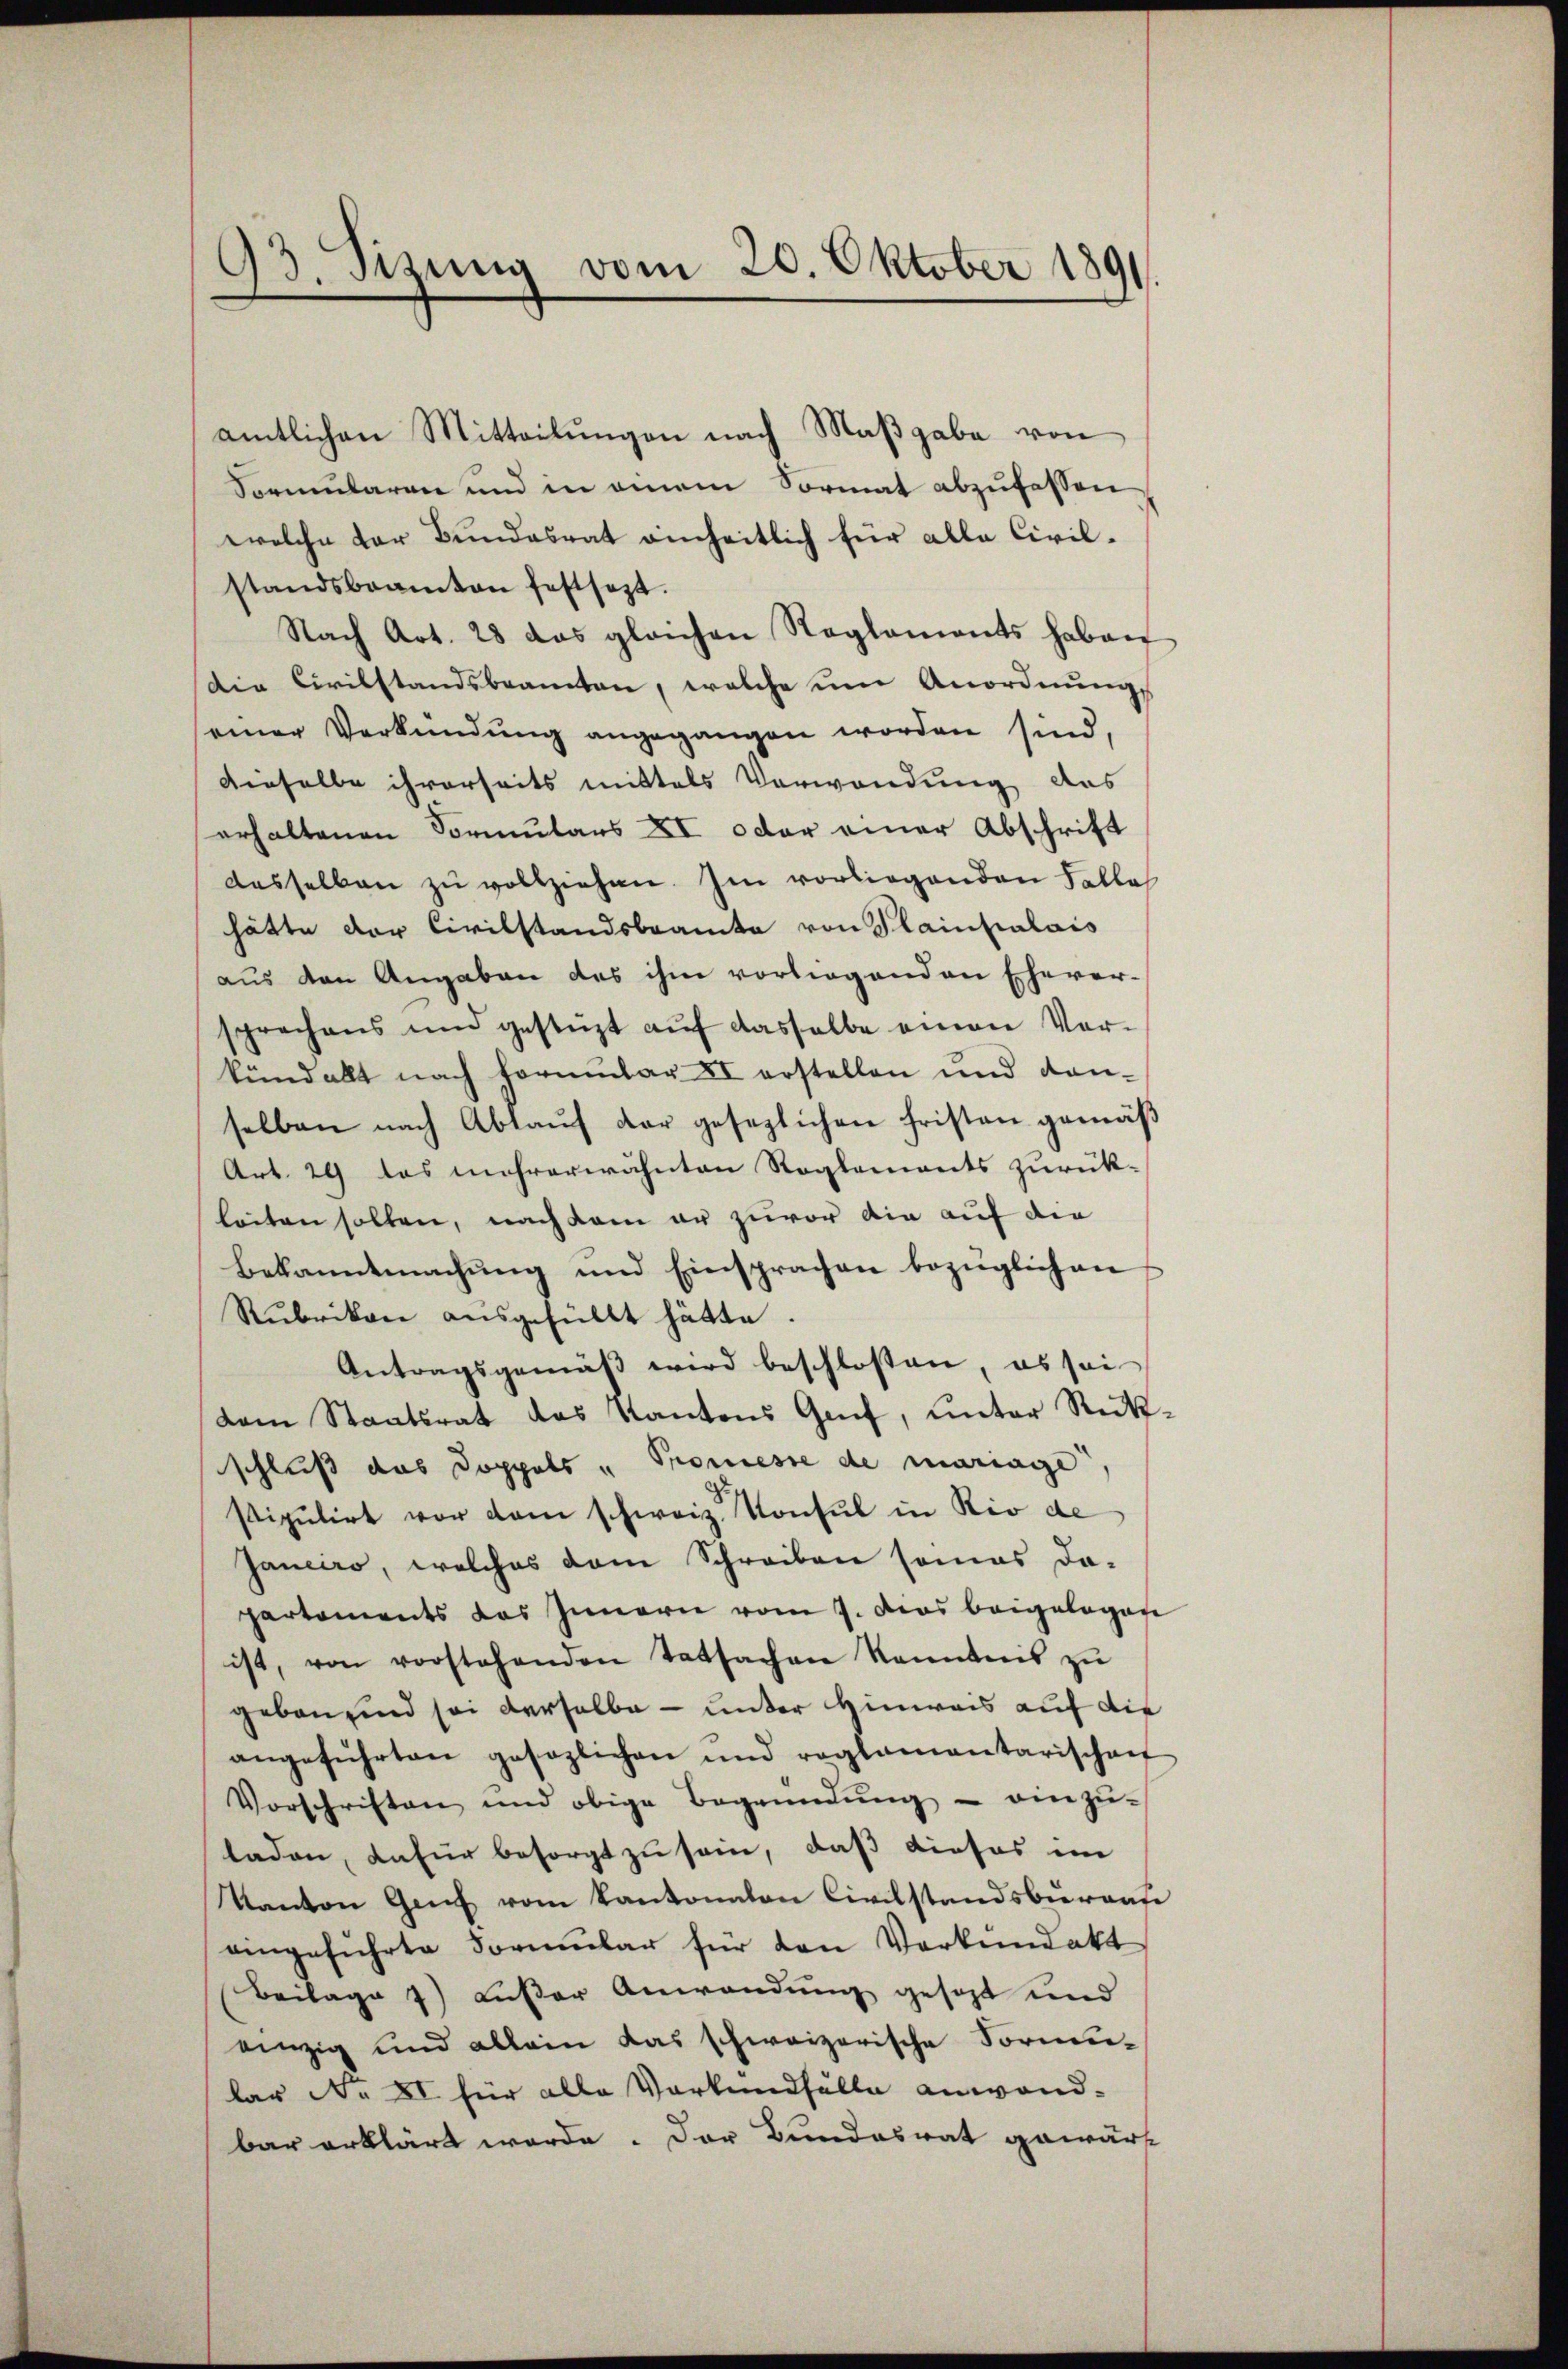
93. Sizung vom 20. Oktober 1891.

amtlichen Mitteilungen nach Maßgabe von
Sormularen und in einem Sormat abzufassen
welche der Bundesrat einheitlich für alle Civilstandsbeamten festsezt.
Nach Art. 28 das gleichen Reglements haben
die Civilstandsbeamten, welche um Anordnung
einer Verkündŭng angegangen worden sind.
dieselbe ihrerseits mittels Verwendung des
erhaltenen Formulars XI oder einer Abschrift
desselben zu vollziehen. Im vorliegenden Falles
hätte der Civilstandsbeamte von Plainpalais
aus den Angaben des ihm vorliegenden Ehever-
sprechens und gestüzt aŭf dasselbe einen Vor-
kundallt nach Formular II erstellen und dan-
selben nach Ablauf der gesezlichen Fristen gemäß
Art. 29 das mehrerwähnten Reglements zurückleiten sollen, nach dem er zuvor die auf die
Bekanntmachung und Einsprachen bezüglichen
Rubrikon ausgefüllt hätte
Antragsgemäβ wird beschlossen, es sei
dam Staatsrat das Kantons Genf, unter Rück-
schluß das Doppels " Promesse de mariage,
stipulirt vor dem schweiz. Konsul in Rio de
Janeiro, welches dem Schreiben somas da-
partements das Innern vom 7. Das beigelegese
ist, von vorstehenden Tatsachen kanntnis zŭ
geben sind sei derselbe — unter Hinweis auf die
angeführten gesezlichen und reglementarischen
Vorschriften und obige Begründŭng - einzŭ-
laden, dafür besorgt zu sein, daß dieses im
Kanton Genf vom Kantonalen Civilstandsburaafe
eingeführte Formŭlar für den Vorkŭndakt
Beilage 1) Lŭβer Anwendŭng gesagt und
einzig und allein das schweizerische Formu-
lar No XI für alle Vorkundfälle anwandbar erklärt werde. Der Bundesrat gewärt